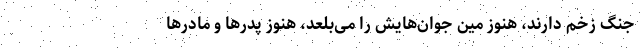
جنگ زخم دارند، هنوز مین جوان‌هایش را می‌بلعد، هنوز پدرها و مادرها